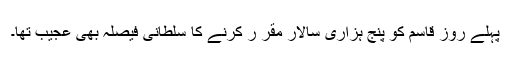
پہلے روز قاسم کو پنج ہزاری سالار مقر ر کرنے کا سلطانی فیصلہ بھی عجیب تھا۔